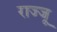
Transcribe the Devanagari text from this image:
राज्जू